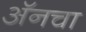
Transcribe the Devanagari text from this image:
अॅनचा